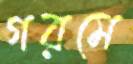
গরমে